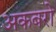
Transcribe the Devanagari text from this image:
अकबरो